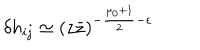
\delta h _ { i j } \simeq ( z \bar { z } ) ^ { - \frac { \mu _ { 0 } + 1 } { 2 } - \epsilon }